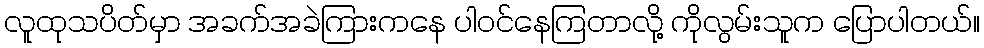
လူထုသပိတ်မှာ အခက်အခဲကြားကနေ ပါဝင်နေကြတာလို့ ကိုလွမ်းသူက ပြောပါတယ်။